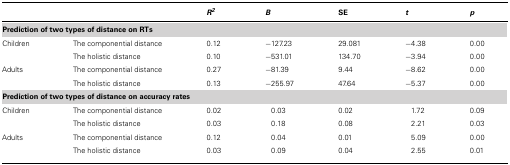
<table><thead><tr><td></td><td></td><td><b><i>R<sup>2</sup></i></b></td><td><b><i>B</i></b></td><td><b>SE</b></td><td><b><i>t</i></b></td><td><b><i>p</i></b></td></tr></thead><tbody><tr><td><b>Prediction of two types of distance on RTs</b></td><td></td><td></td><td></td></tr><tr><td>Children</td><td>The componential distance</td><td>0.12</td><td>-127.23</td><td>29.081</td><td>-4.38</td><td>0.00</td></tr><tr><td></td><td>The holistic distance</td><td>0.10</td><td>-531.01</td><td>134.70</td><td>-3.94</td><td>0.00</td></tr><tr><td>Adults</td><td>The componential distance</td><td>0.27</td><td>-81.39</td><td>9.44</td><td>-8.62</td><td>0.00</td></tr><tr><td></td><td>The holistic distance</td><td>0.13</td><td>-255.97</td><td>47.64</td><td>-5.37</td><td>0.00</td></tr><tr><td><b>Prediction of two types of distance on accuracy rates</b></td><td></td><td></td><td></td></tr><tr><td>Children</td><td>The componential distance</td><td>0.02</td><td>0.03</td><td>0.02</td><td>1.72</td><td>0.09</td></tr><tr><td></td><td>The holistic distance</td><td>0.03</td><td>0.18</td><td>0.08</td><td>2.21</td><td>0.03</td></tr><tr><td>Adults</td><td>The componential distance</td><td>0.12</td><td>0.04</td><td>0.01</td><td>5.09</td><td>0.00</td></tr><tr><td></td><td>The holistic distance</td><td>0.03</td><td>0.09</td><td>0.04</td><td>2.55</td><td>0.01</td></tr></tbody></table>